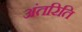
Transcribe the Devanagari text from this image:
अंतरिति